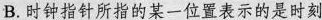
B.时钟指针所指的某一位置表示的是时刻